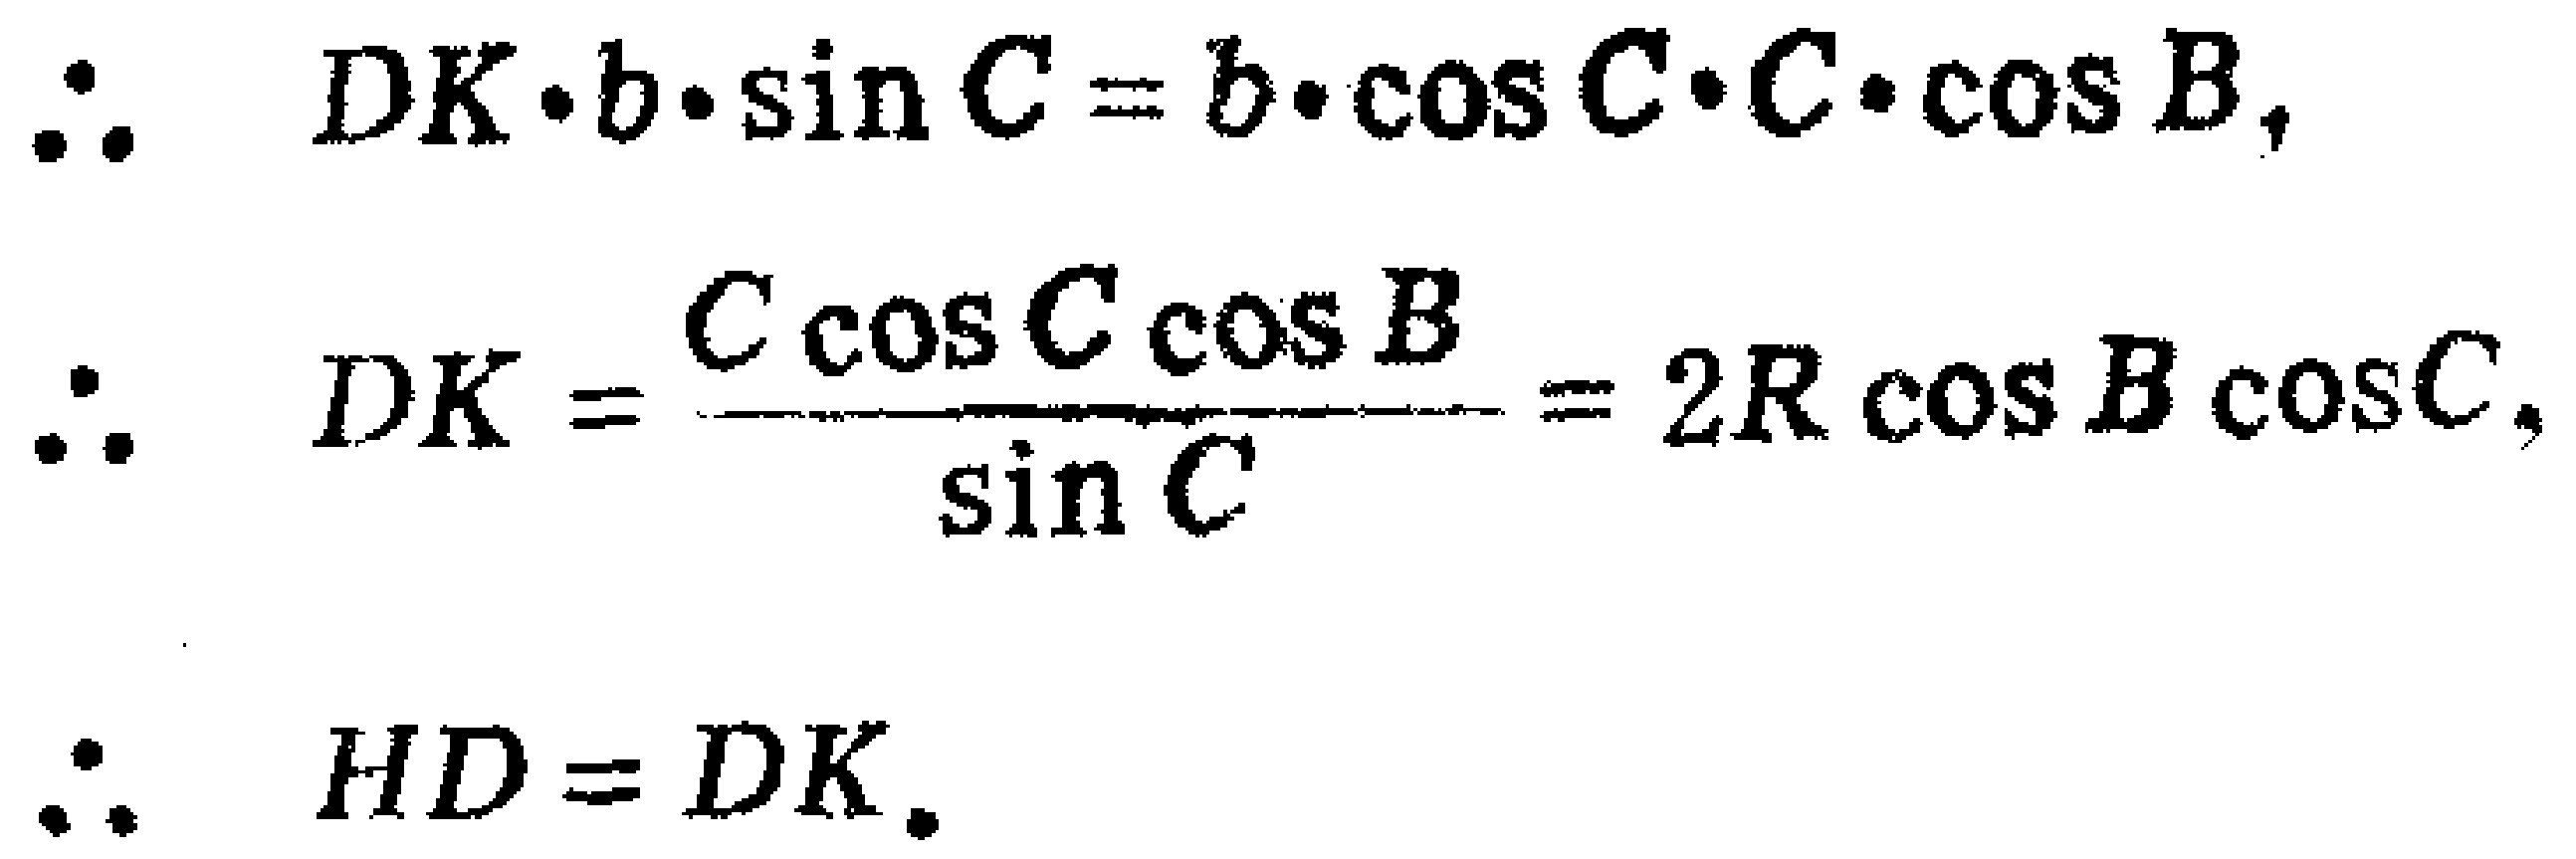
\[
\begin{align*}
\therefore\quad DK\cdot b\cdot\sin C&=b\cdot\cos C\cdot c\cdot\cos B,\\
\therefore\quad DK&=\frac{c\cos C\cos B}{\sin C}=2R\cos B\cos C,\\
\therefore\quad HD&=DK.
\end{align*}
\]